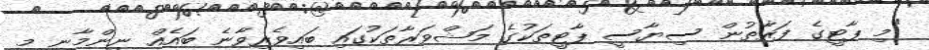
"މި ޕާޓީގެ ފަރާތުން ސިޔާސީ ޕާޓީތަކުގެ މަޝްވަރާތަކުގައި ބައިވެރިވާނެ ބައެއް ނިންމާނީ މި